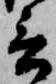
言